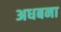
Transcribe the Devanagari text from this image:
अधबना